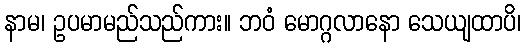
နာမ၊ ဥပမာမည်သည်ကား။ ဘဝံ မောဂ္ဂလာနော သေယျထာပိ၊